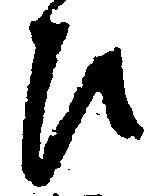
ひ